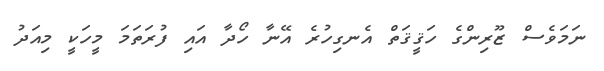
ނަމަވެސް ޒޫރިންގެ ހަޤީޤަތް އެނގިހުރެ އޭނާ ހޯދާ އައި ފުރަތަމަ މީހަކީ މިއަދު